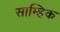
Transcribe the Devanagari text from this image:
साम्हिक